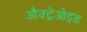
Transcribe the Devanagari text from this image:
औक्ट्रेओइड